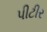
પીટીર